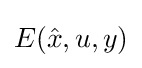
E({\hat {x}},u,y)